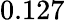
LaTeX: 0.127